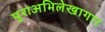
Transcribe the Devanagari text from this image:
पुराअभिलेखागार